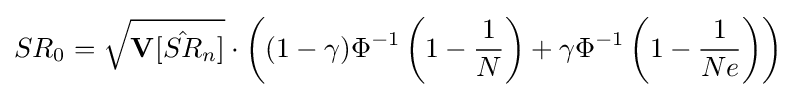
SR_{0}={\sqrt {\mathbf {V} [{\hat {SR}}_{n}]}}\cdot \left((1-\gamma )\Phi ^{-1}\left(1-{\frac {1}{N}}\right)+\gamma \Phi ^{-1}\left(1-{\frac {1}{Ne}}\right)\right)